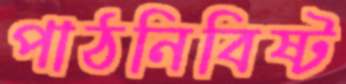
পাঠনিবিষ্ট